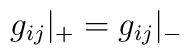
g_{ij} {\vert}_{+} = g_{ij} {\vert}_{-}